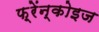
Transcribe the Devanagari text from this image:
फ़्रेंन्कोइज